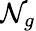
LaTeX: \mathcal{N}_{g}